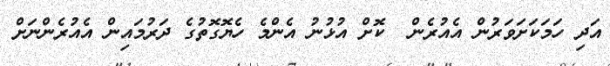
އަދި ހަމަކަށަވަރުން އެއުރެން  ކޮށް އުޅުނު އެންމެ ހެޔޮގޮތުގެ ދަރުމައިން އެއުރެންނަށް